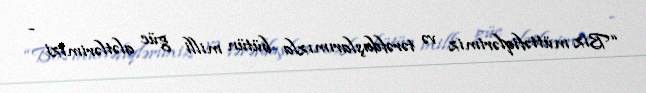
“Biz müttəfiqlərimiz və tərəfdaşlarımızla bütün milli güc alətlərimizi -